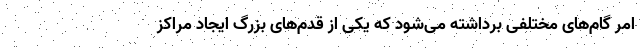
امر گام‌های مختلفی برداشته می‌شود که یکی از قدم‌های بزرگ ایجاد مراکز